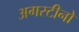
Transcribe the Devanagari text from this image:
अगस्टीनो